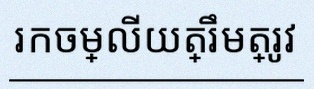
រកចម្លើយត្រឹមត្រូវ